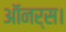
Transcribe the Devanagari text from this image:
ऑनर्स।